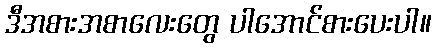
ဒီအစားအစာလေးတွေ ပါအောင်စားပေးပါ။